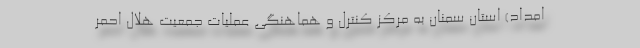
امداد) استان سمنان به مرکز کنترل و هماهنگی عملیات جمعیت هلال احمر